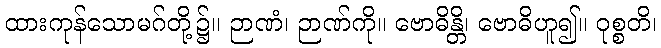
ထားကုန်သောမဂ်တို့၌။ ဉာဏံ၊ ဉာဏ်ကို။ ဗောဓိန္တိ၊ ဗောဓိဟူ၍။ ဝုစ္စတိ၊